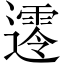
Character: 𨗺